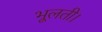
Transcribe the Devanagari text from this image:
भूलती।